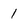
Character: 1